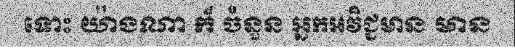
ទោះ យ៉ាងណា ក៏ ចំនួន អ្នកអវិជ្ជមាន មាន